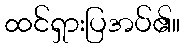
ထင်ရှားပြအပ်၏။